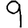
Digit: 9